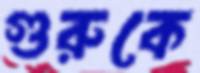
গুরুকে